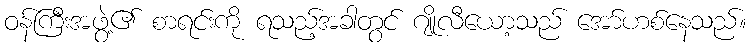
ဝန်ကြီးအဖွဲ့၏ စာရင်းကို ရသည့်အခါတွင် ဂျိုလီယော့သည် အော်ဟစ်နေသည်။